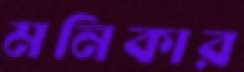
মনিকার